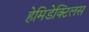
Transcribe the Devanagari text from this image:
हेमिडेक्टिलस